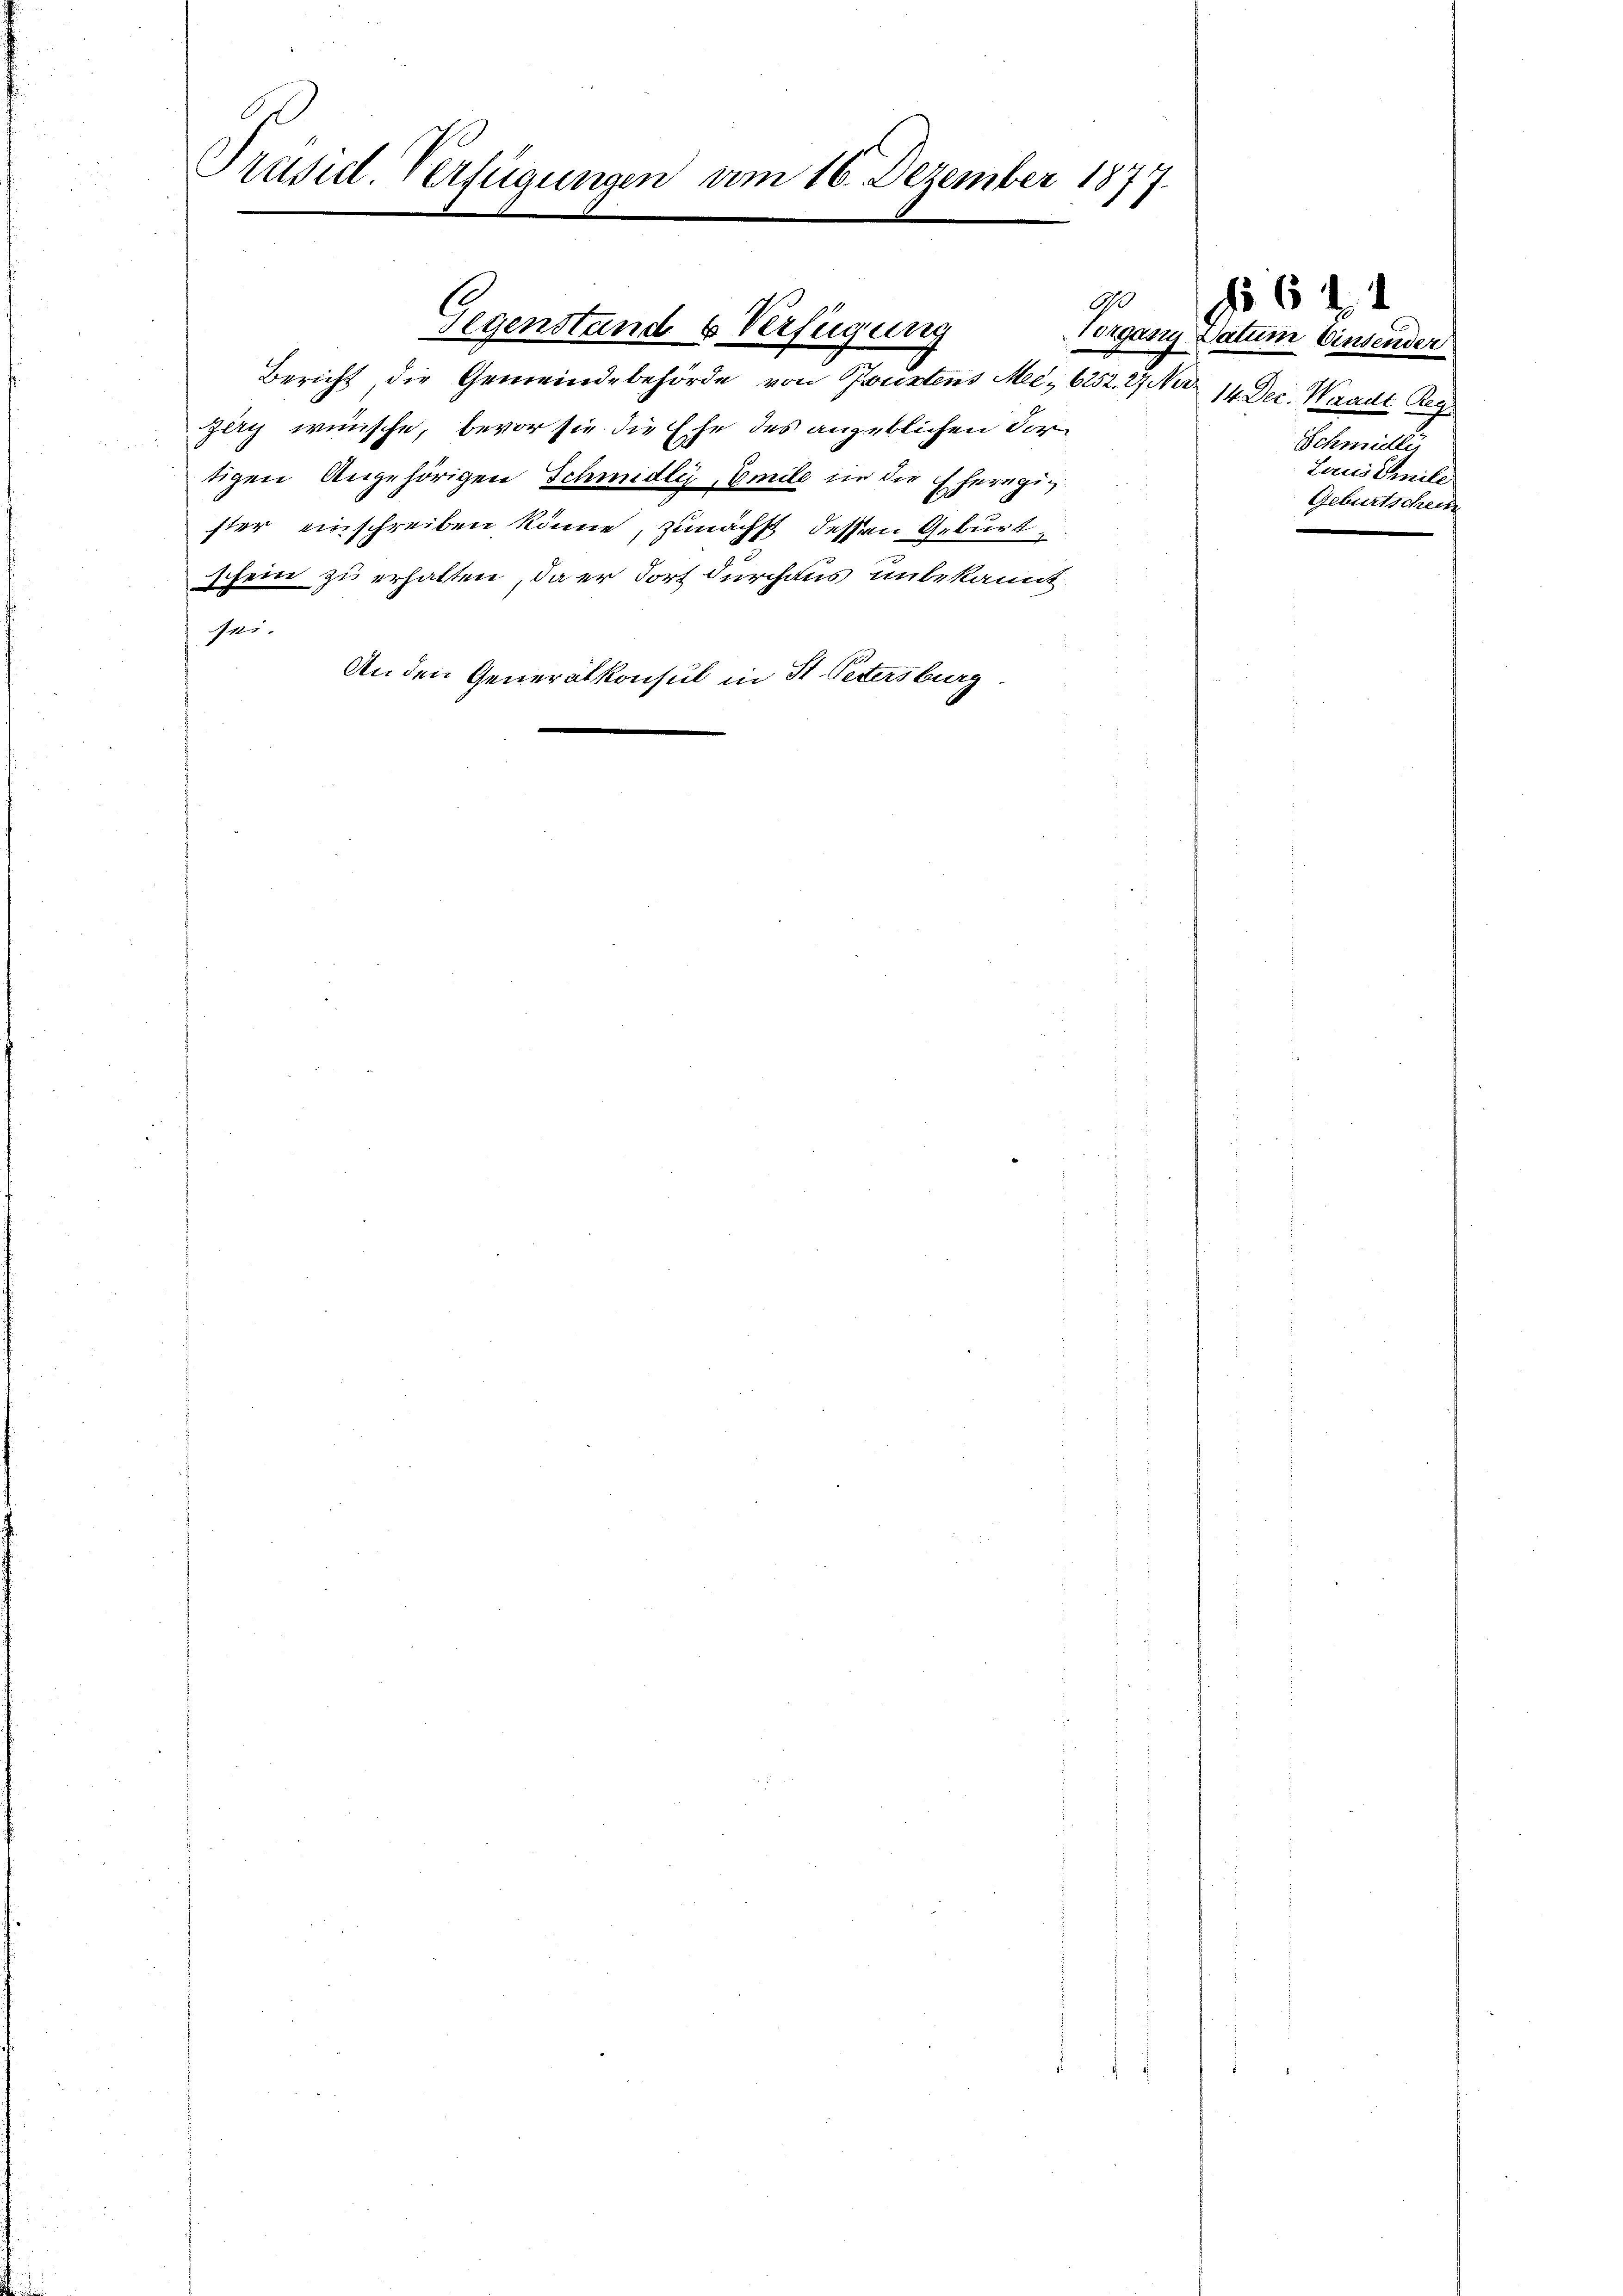
Prusul. Verfügungen am 16. Dezember 187

Zery wünsche, bevor sie die Ehe des angeblichen For
tigen Angehörigen Schmidli, Emile in die Eheregig
ster einschreiben könne, zunächst dessen Geburt
schein zu erhalten, da er dort durchaus unbekannt
1
An den Generalkonsul in St. Petersburg

so
9
Gegenstand 6 Verfügung
Bericht, die Gemeindebehörde von Konstens Mee. 6252. 27 Ner

Vergang Datum Einsender
14. Dec. Waadt Reg
Schmidli
Laud Smile
Geburtschein

6